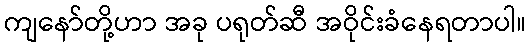
ကျနော်တို့ဟာ အခု ပရုတ်ဆီ အဝိုင်းခံနေရတာပါ။